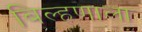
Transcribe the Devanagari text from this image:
बिल्हणाला